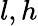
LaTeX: l,h